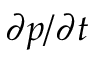
\partial p / \partial t